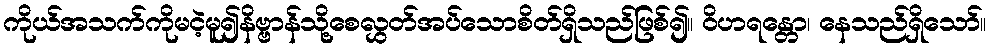
ကိုယ်အသက်ကိုမငဲ့မူ၍နိဗ္ဗာန်သို့စေလွှတ်အပ်သောစိတ်ရှိသည်ဖြစ်၍။ ဝိဟရန္တော၊ နေသည်ရှိသော်။